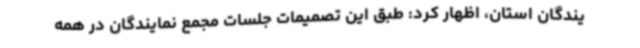
یندگان استان، اظهار کرد: طبق این تصمیمات جلسات مجمع نمایندگان در همه